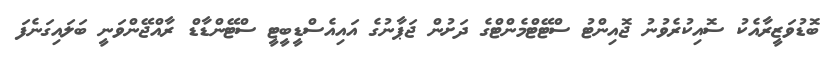
ބޮޑުވަޒީރާއެކު ސޮއިކުރެވުނު ޖޮއިންޓު ސްޓޭޓްމެންޓްގެ ދަށުން ޖަޕާނުގެ އައިއެސްޑީބީޓީ ސްޓޭންޑާޑް ރާއްޖޭންވަނީ ބަލައިގަނެފަ